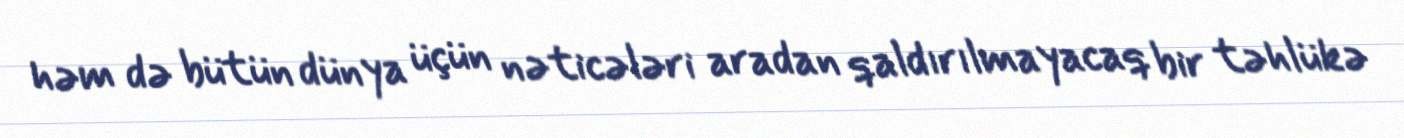
həm də bütün dünya üçün nəticələri aradan qaldırılmayacaq bir təhlükə